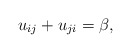
\begin{gather*}u_{ij}+u_{ji}=\beta,\end{gather*}